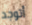
أتوجد